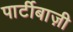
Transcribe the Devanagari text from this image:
पार्टीबाज़ी